Vaccine operations Central Provinces 1868-1885 - 1868-1885
Year: 1868
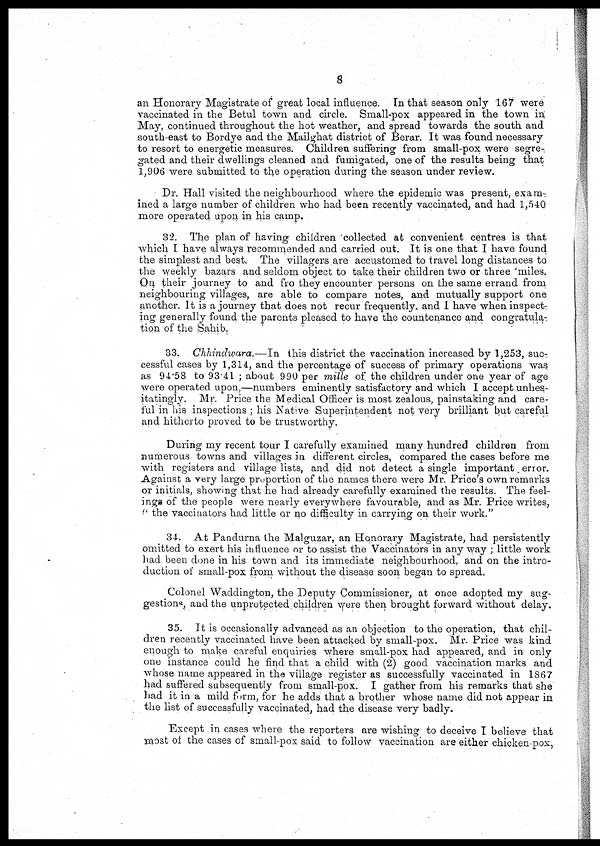
8
an Honorary Magistrate of great local influence. In that season only 167 were
vaccinated in the Betul town and circle. Small-pox appeared in the town in
May, continued throughout the hot weather, and spread towards the south and
south-east to Bordye and the Mailghat district of Berar. It was found necessary
to resort to energetic measures. Children suffering from small-pox were segre-
gated and their dwellings cleaned and fumigated, one of the results being that
1,906 were submitted to the operation during the season under review.
Dr. Hall visited the neighbourhood where the epidemic was present, exam-
ined a large number of children who had been recently vaccinated, and had 1,540
more operated upon in his camp.
32. The plan of having children collected at convenient centres is that
which I have always recommended and carried out. It is one that I have found
the simplest and best. The villagers are accustomed to travel long distances to
the weekly bazars and seldom object to take their children two or three miles.
On their journey to and fro they encounter persons on the same errand from
neighbouring villages, are able to compare notes, and mutually support one
another. It is a journey that does not recur frequently and I have when inspect-
ing generally found the parents pleased to have the countenance and congratula-
tion of the Sahib.
33. Chhindwara.—In this district the vaccination increased by 1,253, suc-
cessful cases by 1,314, and the percentage of success of primary operations was
as 94.58 to 93.41 ; about 990 per mille of the children under one year of age
were operated upon,—numbers eminently satisfactory and which I accept unhes-
itatingly. Mr. Price the Medical Officer is most zealous, painstaking and care-
ful in his inspections ; his Native Superintendent not very brilliant but careful
and hitherto proved to be trustworthy.
During my recent tour I carefully examined many hundred children from
numerous towns and villages in different circles, compared the cases before me
with registers and village lists, and did not detect a single important error.
Against a very large proportion of the names there were Mr. Price's own remarks
or initials, showing that he had already carefully examined the results. The feel-
ings of the people were nearly everywhere favourable, and as Mr. Price writes,
" the vaccinators had little or no difficulty in carrying on their work."
34. At Pandurna the Malguzar, an Honorary Magistrate, had persistently
omitted to exert his influence or to assist the Vaccinators in any way ; little work
had been done in his town and its immediate neighbourhood, and on the intro-
duction of small-pox from without the disease soon began to spread.
Colonel Waddington, the Deputy Commissioner, at once adopted my sug-
gestions, and the unprotected children were then brought forward without delay.
35. It is occasionally advanced as an objection to the operation, that chil-
dren recently vaccinated have been attacked by small-pox. Mr. Price was kind
enough to make careful enquiries where small-pox had appeared, and in only
one instance could he find that a child with (2) good vaccination marks and
whose name appeared in the village register as successfully vaccinated in 1867
had suffered subsequently from small-pox. I gather from his remarks that she
had it in a mild form, for he adds that a brother whose name did not appear in
the list of successfully vaccinated, had the disease very badly.
Except in cases where the reporters are wishing to deceive I believe that
most of the cases of small-pox said to follow vaccination are either chicken-pox,